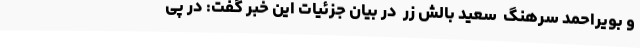
و بویراحمد سرهنگ ً سعید بالش زر ً در بیان جزئیات این خبر گفت: در پی